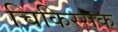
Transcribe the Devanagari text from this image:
चिकिस्सक